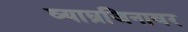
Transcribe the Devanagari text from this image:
व्याघ्रजिनावर